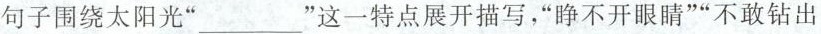
句子围绕太阳光”___”这一特点展开描写，”睁不开眼睛””不敢钻出